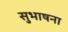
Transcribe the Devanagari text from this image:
सुभाषना